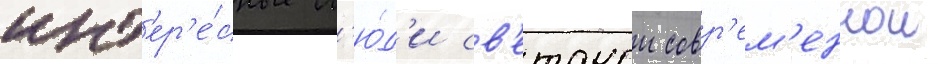
инт'ер'е́сные л'ю́д'и св'етскои совр'ем'еннои